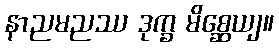
နာညမညဿ ဒုက္ခ မိစ္ဆေယျ။